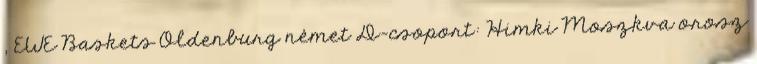
, EWE Baskets Oldenburg német D-csoport: Himki Moszkva orosz